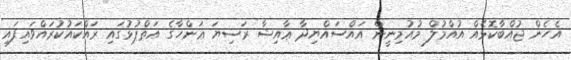
އެހެން ޖުއްބާކޮޅެއް އުއްމުލް މުއުމިނީން އައްސައްޔިދާ ޢާއިޝާ ރަޟިޔަ ޢަންހާގެ އަތްޕުޅުގައި ރައްކައުކުރައްވައިފައި